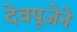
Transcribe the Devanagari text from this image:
देवपूजेने